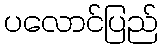
ပလောင်ပြည်